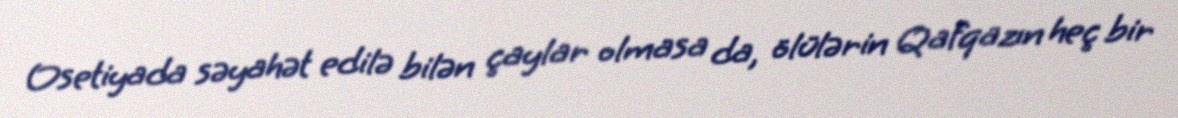
Osetiyada səyahət edilə bilən çaylar olmasa da, ölülərin Qafqazın heç bir